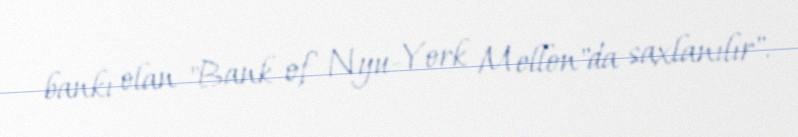
bankı olan "Bank of Nyu-York Mellon"da saxlanılır".